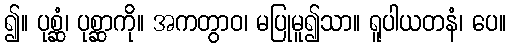
၍။ ပုစ္ဆံ၊ ပုစ္ဆာကို။ အကတွာဝ၊ မပြုမူ၍သာ။ ရူပါယတနံ၊ ပေ။